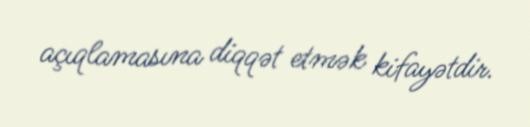
açıqlamasına diqqət etmək kifayətdir.